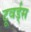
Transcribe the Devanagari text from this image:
टूवर्ड्स